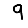
Digit: 9